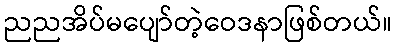
ညညအိပ်မပျော်တဲ့ဝေဒနာဖြစ်တယ်။